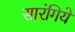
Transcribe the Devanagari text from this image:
सारंगिये